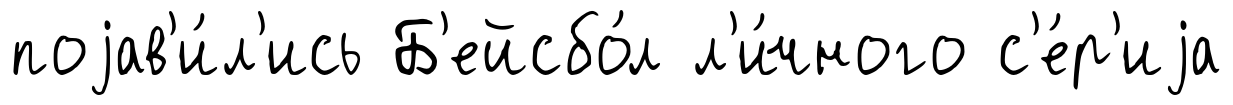
поjав'и́л'ись Б'ейсбо́л л'и́чного с'е́р'иjа